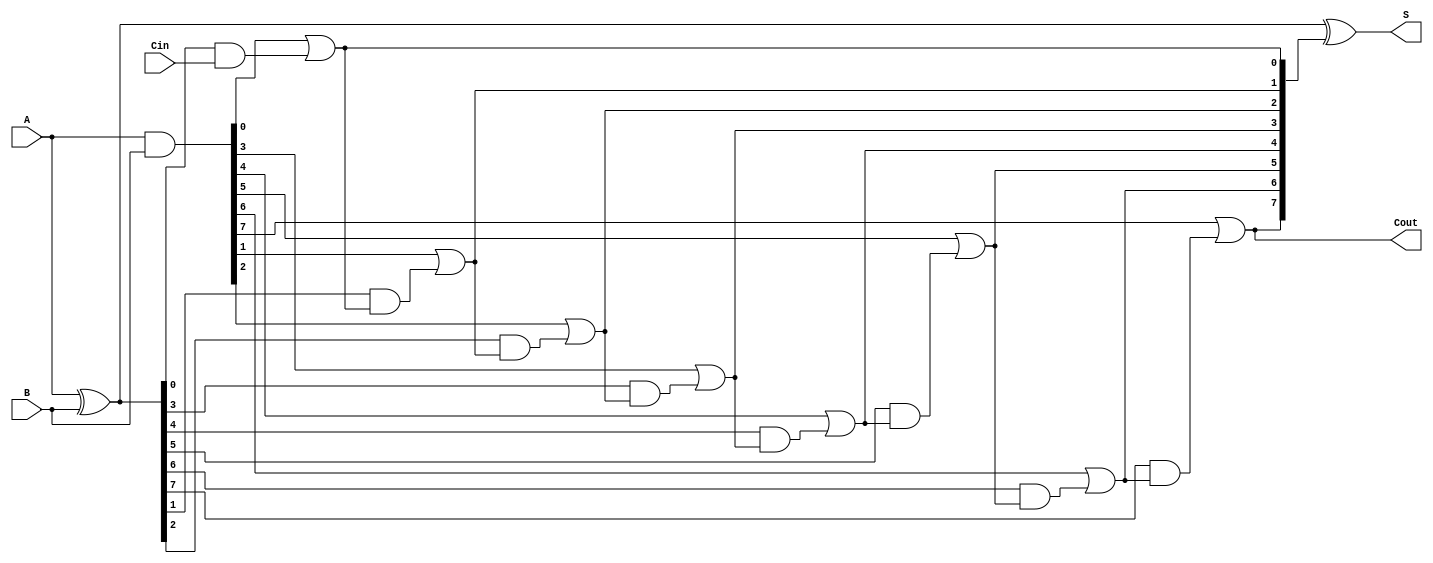
module Sklansky_Adder #(parameter N = 8) (
    input  [N-1:0] A,      // First operand
    input  [N-1:0] B,      // Second operand
    input         Cin,      // Carry-in
    output [N-1:0] S,      // Sum output
    output        Cout      // Carry-out
);

    // Generate and Propagate signals
    wire [N-1:0] G;        // Generate signals
    wire [N-1:0] P;        // Propagate signals
    wire [N:0] C;          // Carry signals

    // Generate and Propagate calculations
    assign G = A & B;      // Generate
    assign P = A ^ B;      // Propagate

    // Carry calculations
    assign C[0] = Cin;     // Initial Carry-in
    assign C[1] = G[0] | (P[0] & C[0]); // Level 1 Carry
    genvar i;

    // Generate carry signals using a loop for levels of carry propagation
    generate
        for (i = 1; i < N; i = i + 1) begin : carry_generation
            assign C[i + 1] = G[i] | (P[i] & C[i]);
        end
    endgenerate

    // Sum calculations
    assign S = P ^ C[N:1]; // Sum outputs (XOR of P and carry bits)
    
    // Final carry out
    assign Cout = C[N];    // Carry out is the last carry signal

endmodule